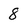
Character: 8